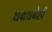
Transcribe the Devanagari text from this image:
धबधबेही